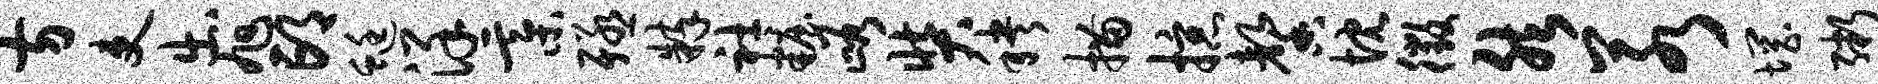
方吏出旭邙蜓详綦殛粹社妆峪奘秧描掠馨忱徵然若惘粥